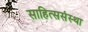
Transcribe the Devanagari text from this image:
साहित्ससंस्था